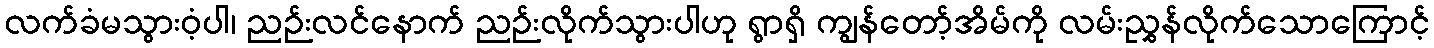
လက်ခံမသွားဝံ့ပါ၊ ညဉ်းလင်နောက် ညဉ်းလိုက်သွားပါဟု ရွာရှိ ကျွန်တော့်အိမ်ကို လမ်းညွှန်လိုက်သောကြောင့်